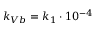
k _ { V b } = k _ { 1 } \cdot 1 0 ^ { - 4 }